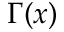
\Gamma ( x )